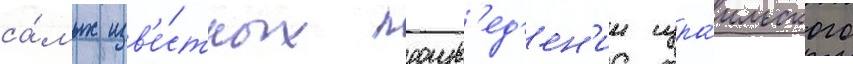
са́мых изв'е́стных произв'ед'ен'ии изра́ильского